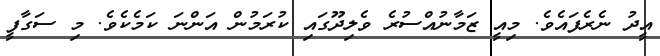
އީދު ނެރެފައެވެ. މިއީ ޒަމާނުއްސުރެ ވެލިދޫގައި ކުރަމުން އަންނަ ކަމެކެވެ. މި ސަގާފީ